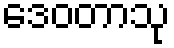
ဒေဝတာသု